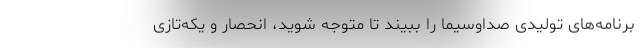
برنامه‌های تولیدی صداوسیما را ببیند تا متوجه شوید، انحصار و یکه‌تازی